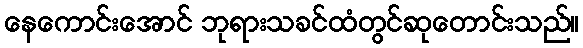
နေကောင်းအောင် ဘုရားသခင်ထံတွင်ဆုတောင်းသည်။